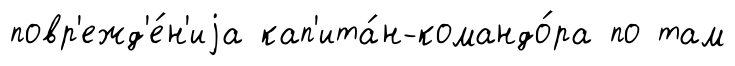
повр'ежд'е́н'иjа кап'ита́н-командо́ра по там